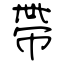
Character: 帶